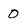
Character: 0